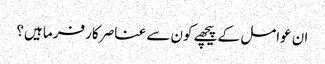
ان عوامل کے پیچھے کون سے عناصر کار فرما ہیں؟